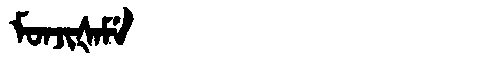
Manchu: ᠮᠣᠨᠵᡳᡧᠠᠮᡝ
Romanization: MONJIŠAME